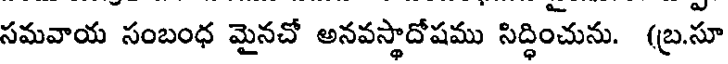
సమవాయ సంబంధ మైనచో అనవస్తాదోషము సిద్ధించును. (బ్రసూ